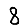
Digit: 8